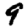
Digit: 9